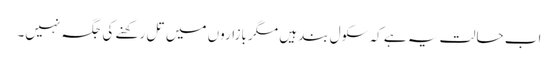
اب حالت یہ ہے کہ سکول بند ہیں مگر بازاروں میں تل رکھنے کی جگہ نہیں۔